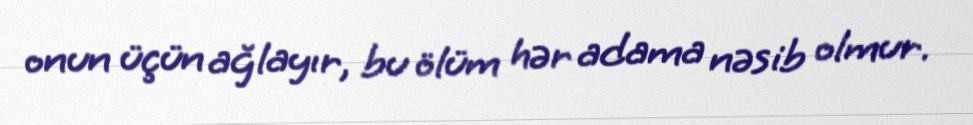
onun üçün ağlayır, bu ölüm hər adama nəsib olmur.